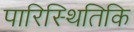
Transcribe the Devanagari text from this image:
पारिस्थितिकि